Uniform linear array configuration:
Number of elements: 32
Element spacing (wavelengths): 0.75
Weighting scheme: blackman
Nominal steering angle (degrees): -30
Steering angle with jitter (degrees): -31.675
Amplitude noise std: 0.05
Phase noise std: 0.05

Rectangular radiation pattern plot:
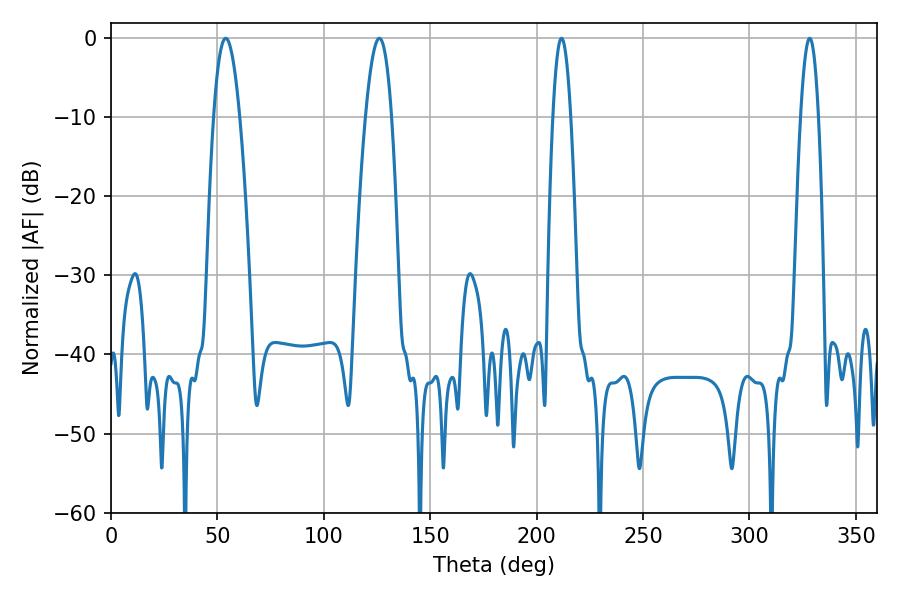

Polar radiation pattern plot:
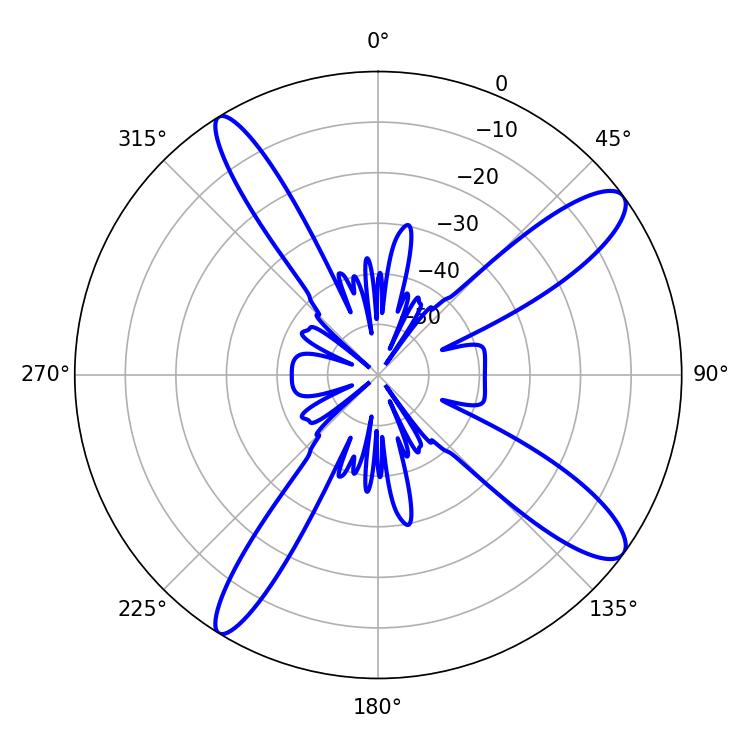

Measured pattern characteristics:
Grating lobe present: TRUE
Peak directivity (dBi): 12.457
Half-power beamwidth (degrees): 4.5
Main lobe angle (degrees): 211.68